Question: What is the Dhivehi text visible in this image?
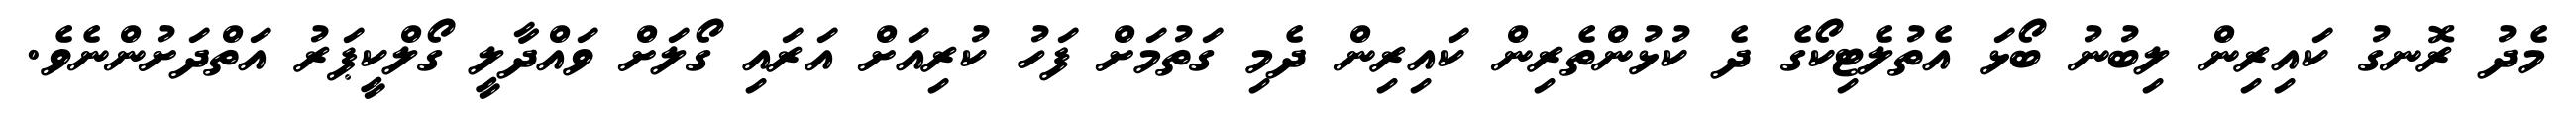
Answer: މެދު ރޮނގު ކައިރިން ލިބުނު ބޯޅަ އެތުލެޓިކޯގެ ދެ ކުޅުންތެރިން ކައިރިން ދެމި ގަތުމަށް ފަހު ކުރިއަށް އަރައި ގޯލަށް ވައްދާލީ ގޯލްކީޕަރު އަތްދަށުންނެވެ.